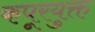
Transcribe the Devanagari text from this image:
कपूरयुक्त